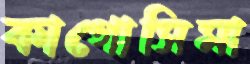
কাগোসিমা